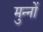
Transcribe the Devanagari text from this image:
मुन्नों